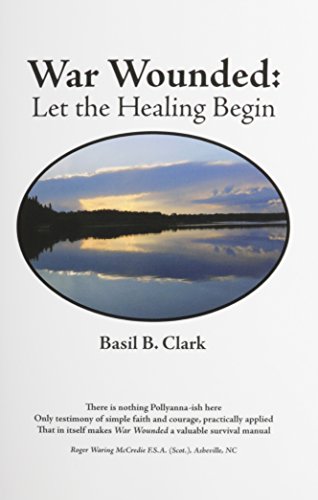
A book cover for War Wounded: let the healing begin; Basil B. Clark; Parenting & Relationships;